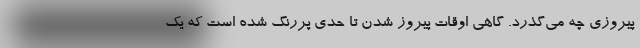
پیروزی چه می‌گذرد. گاهی اوقات پیروز شدن تا حدی پررنگ شده است که یک